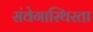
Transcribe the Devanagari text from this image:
संवेगास्थिरता